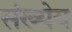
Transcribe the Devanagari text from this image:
संख्येय